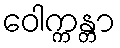
ဝေါက္ကန္တာ